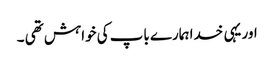
اور یہی خدا ہمارے باپ کی خواہش تھی ۔